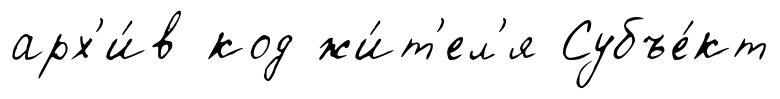
арх'и́в код жи́т'ел'я Субъе́кт